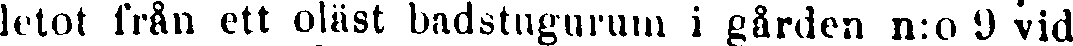
letot från ett oläst badstugurum i gården n:o 9 vid